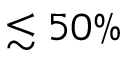
\lesssim 5 0 \%